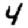
Digit: 4